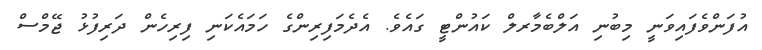
އުފަންވެފައިވަނީ މިބުނި އަލްބެމާރލް ކައުންޓީ ގައެވެ. އެދެމަފިރިންގެ ހަމައެކަނި ފިރިހެން ދަރިފުޅު ޖޭމްސް